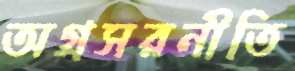
অগ্রসরনীতি